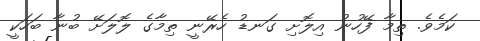
ކަމެވެ. ތިމާ ފޭހުނު އިލޮށި ގަނޑު ހެރޭނީ ތިމާގެ ލޮލަށޭ ބުނާ ބަހަކީ